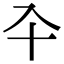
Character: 𠓝